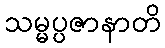
သမ္မပ္ပဇာနာတိ